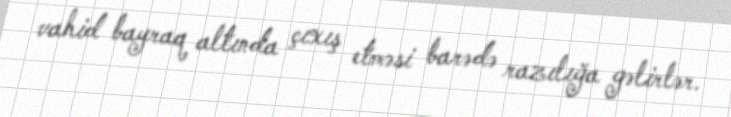
vahid bayraq altında çıxış etməsi barədə razılığa gəlirlər.